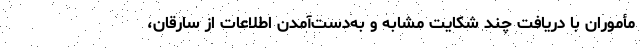
مأموران با دریافت چند شکایت مشابه و به‌دست‌آمدن اطلاعات از سارقان،